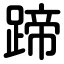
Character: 蹄